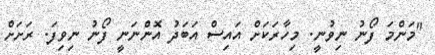
"މަންމަ ފޯނު ނިވުނީ. މިހާރަކަށް އައިސް އަބަދު އޮންނަނީ ފޯނު ނިވިފަ. ރަށަށް